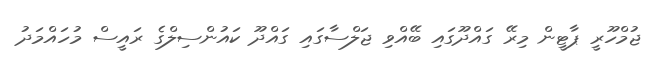
ޖުމްހޫރީ ޕާޓީން މިރޭ ގައްދޫގައި ބޭއްވި ޖަލްސާގައި ގައްދޫ ކައުންސިލްގެ ރައީސް މުހައްމަދު